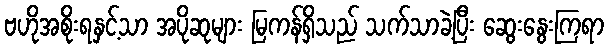
ဗဟိုအစိုးရနှင့်သာ အပိုဆုများ မြကန်ရှိသည် သက်သာခဲ့ပြီး ဆွေးနွေးကြရာ